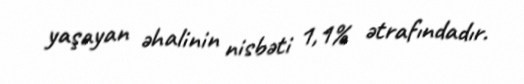
yaşayan əhalinin nisbəti 1,1% ətrafındadır.